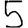
Digit: 5